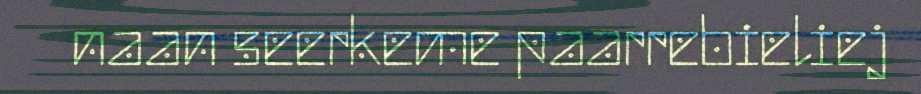
naan seerkeme paarrebieliej